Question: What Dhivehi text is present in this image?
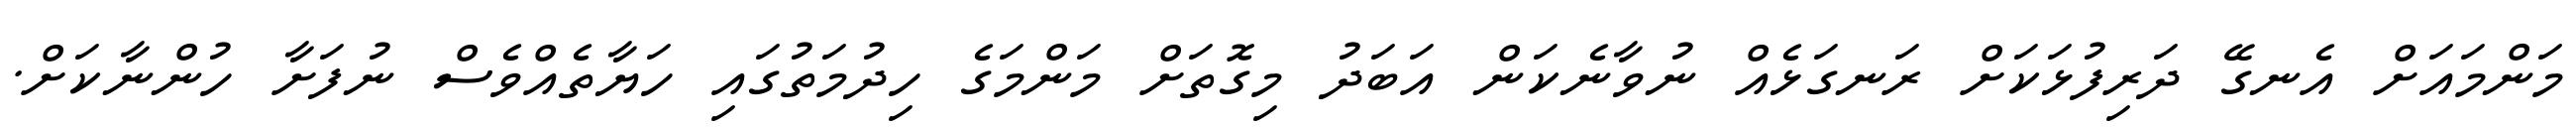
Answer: މަންމައަށް އެނގޭ ދަރިފުޅަކަށް ރަނގަޅެއް ނުވާނެކަން އަބަދު މިގޮތަށް މަންމަގެ ހިދުމަތުގައި ހަޔާތެއްވެސް ނުފަށާ ހުންނާކަށް.